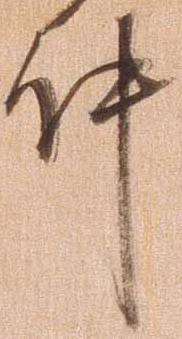
件